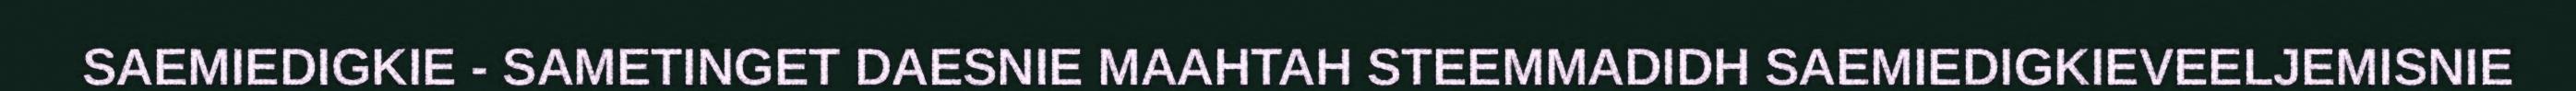
SAEMIEDIGKIE - SAMETINGET DAESNIE MAAHTAH STEEMMADIDH SAEMIEDIGKIEVEELJEMISNIE